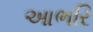
આભરિ